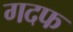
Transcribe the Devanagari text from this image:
गदफ